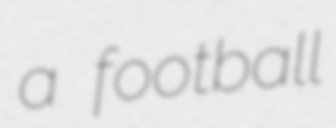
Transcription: a football